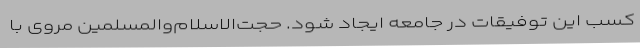
کسب این توفیقات در جامعه ایجاد شود. حجت‌الاسلام‌والمسلمین مروی با